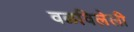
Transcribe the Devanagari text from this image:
वळविलेली